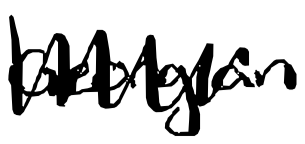
Text: Georgia
Cross-out: mix
Writing tool: digital_black